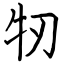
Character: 牣